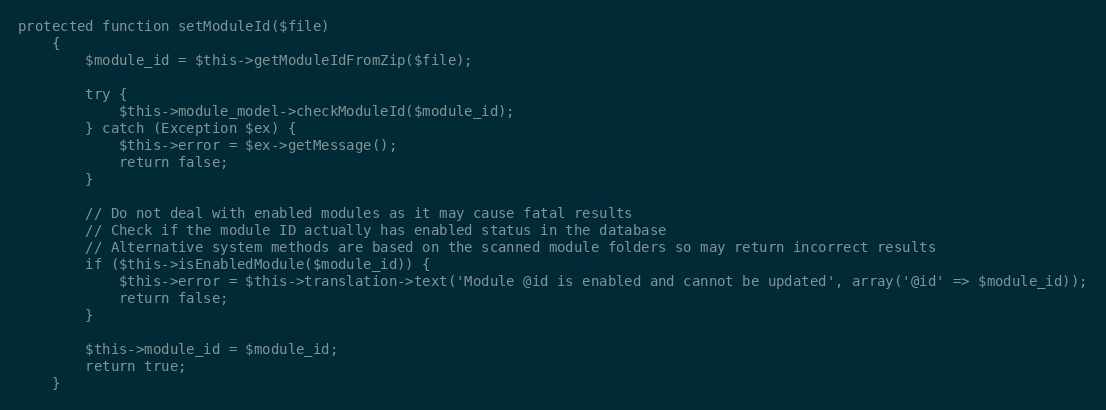
Language: PHP
protected function setModuleId($file)
    {
        $module_id = $this->getModuleIdFromZip($file);

        try {
            $this->module_model->checkModuleId($module_id);
        } catch (Exception $ex) {
            $this->error = $ex->getMessage();
            return false;
        }

        // Do not deal with enabled modules as it may cause fatal results
        // Check if the module ID actually has enabled status in the database
        // Alternative system methods are based on the scanned module folders so may return incorrect results
        if ($this->isEnabledModule($module_id)) {
            $this->error = $this->translation->text('Module @id is enabled and cannot be updated', array('@id' => $module_id));
            return false;
        }

        $this->module_id = $module_id;
        return true;
    }